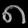
Digit: ၈